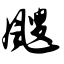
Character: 飕